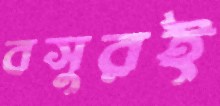
বসুরই